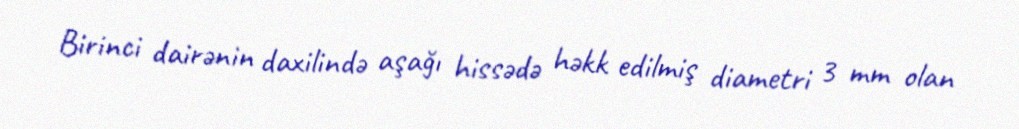
Birinci dairənin daxilində aşağı hissədə həkk edilmiş diametri 3 mm olan